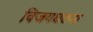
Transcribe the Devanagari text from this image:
विजयघटना